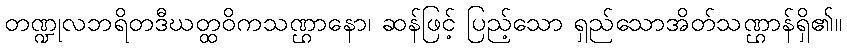
တဏ္ဍုလဘရိတဒီဃတ္ထဝိကသဏ္ဌာနော၊ ဆန်ဖြင့် ပြည့်သော ရှည်သောအိတ်သဏ္ဌာန်ရှိ၏။